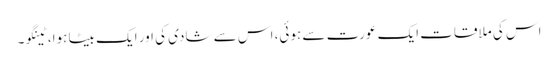
اس کی ملاقات ایک عورت سے ہوئی، اس سے شادی کی اور ایک بیٹا ہوا، ٹینگو۔